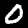
Label: 0